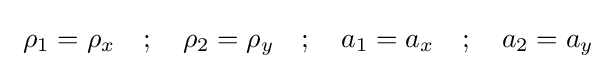
\ \rho _{1}=\rho _{x}\quad ;\quad \rho _{2}=\rho _{y}\quad ;\quad a_{1}=a_{x}\quad ;\quad a_{2}=a_{y}